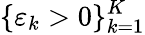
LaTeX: \{ \varepsilon_{k}>0\} _{k=1}^{K}